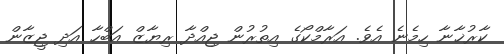
ކާރުޚާނާ ހިމެނެ އެވެ. އަރާމްކޯގެ އިތުރުން ޖިއްދާ ރިޔާޒް އަބްހާ އަދި ޖީޒާން